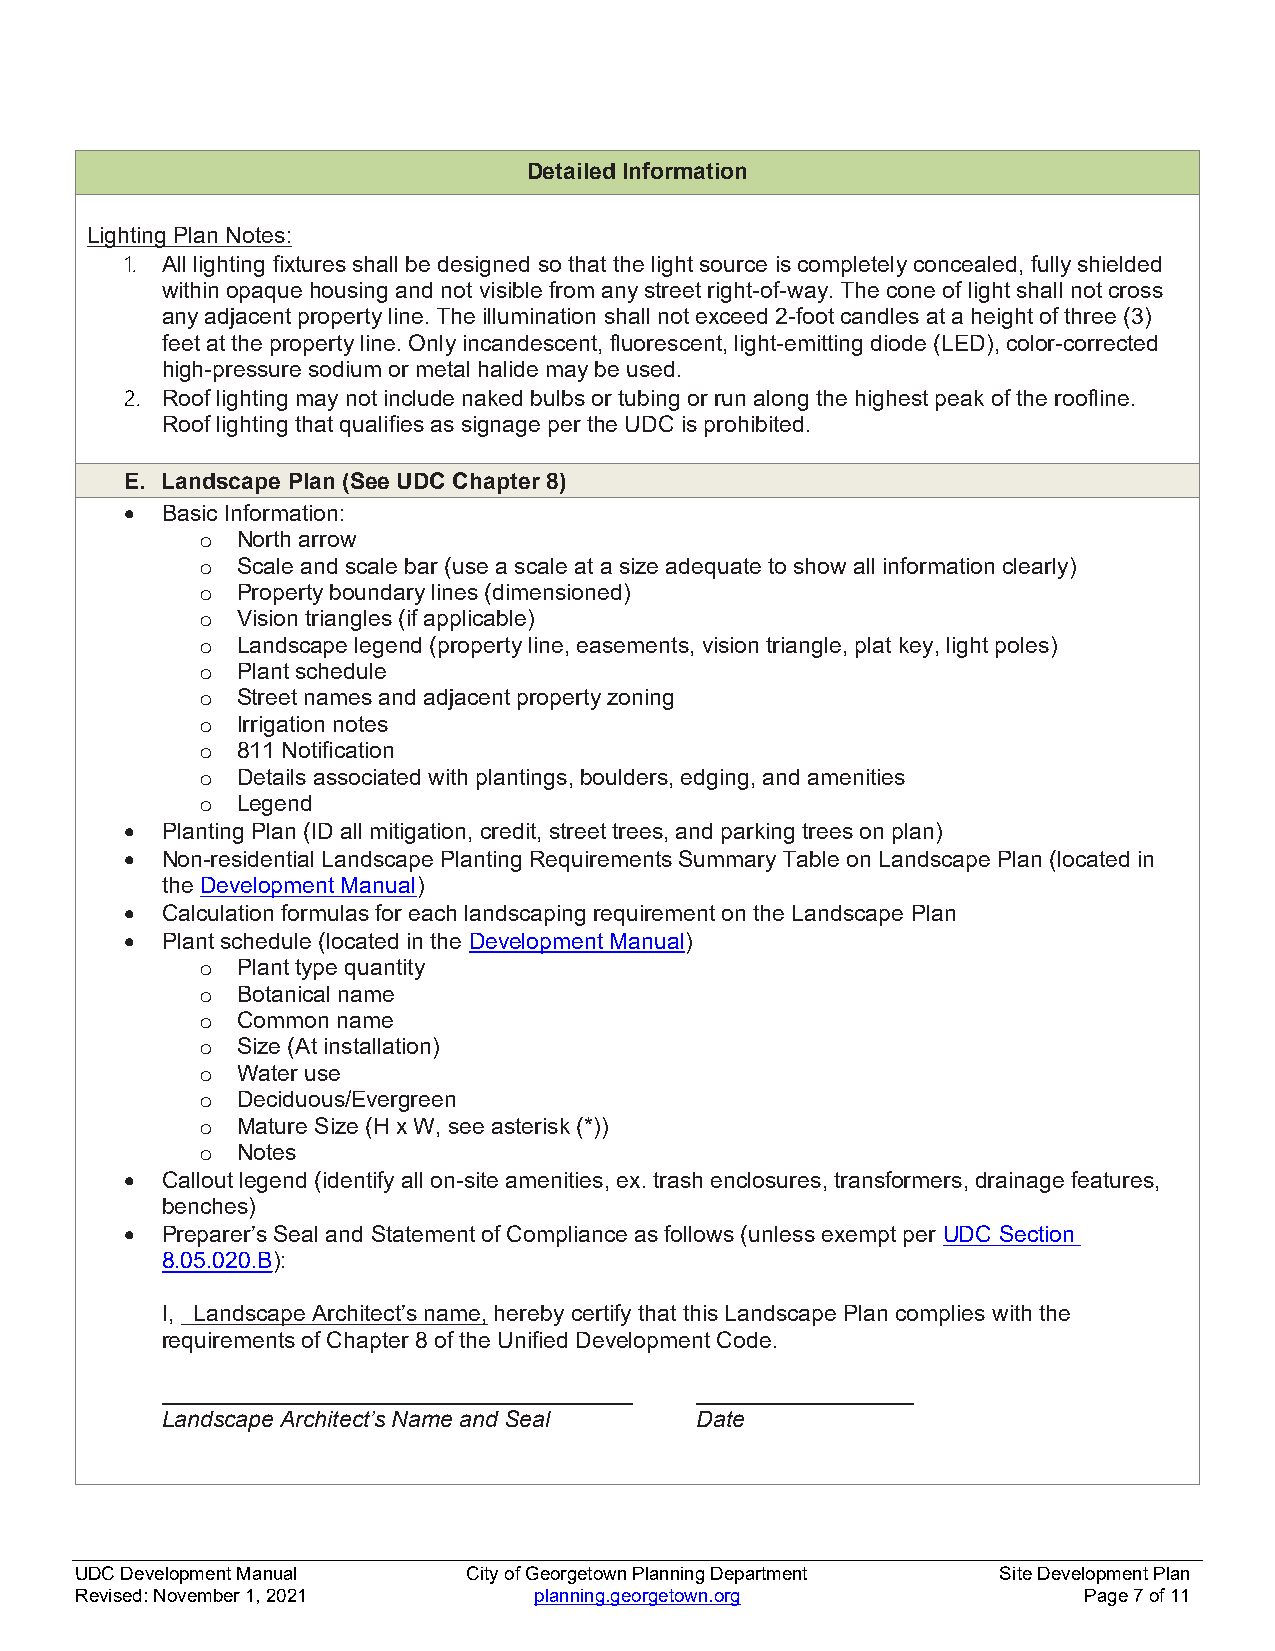
Detailed Information
 Lighting Plan Notes:
 1. All lighting fixtures shall be designed so that the light source is completely concealed, fully shielded
 within opaque housing and not visible from any street right-of-way. The cone of light shall not cross
 any adjacent property line. The illumination shall not exceed 2-foot candles at a height of three (3)
 feet at the property line. Only incandescent, fluorescent, light-emitting diode (LED), color-corrected
 high-pressure sodium or metal halide may be used.
 2. Roof lighting may not include naked bulbs or tubing or run along the highest peak of the roofline.
 Roof lighting that qualifies as signage per the UDC is prohibited.
 E. Landscape Plan (See UDC Chapter 8)
   Basic Information:
 o  North arrow
 o  Scale and scale bar (use a scale at a size adequate to show all information clearly)
 o  Property boundary lines (dimensioned)
 o  Vision triangles (if applicable)
 o  Landscape legend (property line, easements, vision triangle, plat key, light poles)
 o  Plant schedule
 o  Street names and adjacent property zoning
 o  Irrigation notes
 o  811 Notification
 o  Details associated with plantings, boulders, edging, and amenities
 o  Legend
   Planting Plan (ID all mitigation, credit, street trees, and parking trees on plan)
   Non-residential Landscape Planting Requirements Summary Table on Landscape Plan (located in
 the Development Manual)
   Calculation formulas for each landscaping requirement on the Landscape Plan
   Plant schedule (located in the Development Manual)
 o  Plant type quantity
 o  Botanical name
 o  Common name
 o  Size (At installation)
 o  Water use
 o  Deciduous/Evergreen
 o  Mature Size (H x W, see asterisk (*))
 o  Notes
   Callout legend (identify all on-site amenities, ex. trash enclosures, transformers, drainage features,
 benches)
   Preparer’s Seal and Statement of Compliance as follows (unless exempt per UDC Section
 8.05.020.B):
 I, Landscape Architect’s name, hereby certify that this Landscape Plan complies with the
 requirements of Chapter 8 of the Unified Development Code.
 _____________________________________ _________________
 Landscape Architect’s Name and Seal Date
 UDC Development Manual    City of Georgetown Planning Department Site Development Plan
 Revised: November 1, 2021     planning.georgetown.org              Page 7 of 11